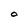
Character: O